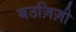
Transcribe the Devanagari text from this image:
बउज़िज़ी